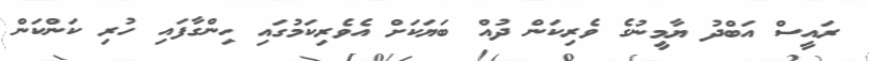
ރައީސް އަބްދު ޔާމީނުގެ ވެރިކަން ދުއް ބަޔަކަށް އެވެރިކަމުގައި ހިންގާފައި ހުރި ކަންކަން